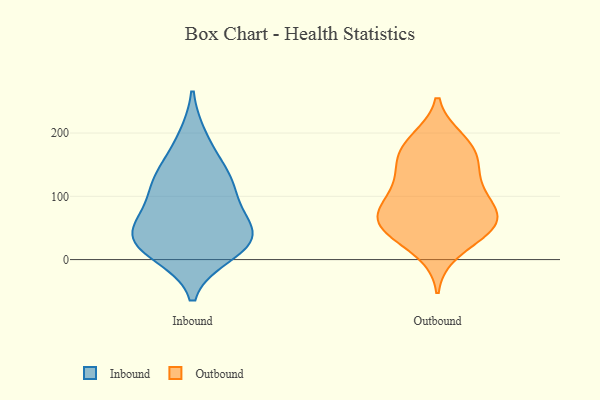
{"axis": {"x": "Waste Production (Tons)", "y": "Value"}, "legend": ["Inbound", "Outbound"], "data": [{"x": "", "y": 25, "type": "Inbound"}, {"x": "", "y": 36, "type": "Inbound"}, {"x": "", "y": 38, "type": "Inbound"}, {"x": "", "y": 88, "type": "Inbound"}, {"x": "", "y": 11, "type": "Inbound"}, {"x": "", "y": 112, "type": "Inbound"}, {"x": "", "y": 31, "type": "Inbound"}, {"x": "", "y": 132, "type": "Inbound"}, {"x": "", "y": 190, "type": "Inbound"}, {"x": "", "y": 133, "type": "Inbound"}, {"x": "", "y": 54, "type": "Inbound"}, {"x": "", "y": 53, "type": "Outbound"}, {"x": "", "y": 180, "type": "Outbound"}, {"x": "", "y": 147, "type": "Outbound"}, {"x": "", "y": 68, "type": "Outbound"}, {"x": "", "y": 55, "type": "Outbound"}, {"x": "", "y": 90, "type": "Outbound"}, {"x": "", "y": 65, "type": "Outbound"}, {"x": "", "y": 122, "type": "Outbound"}, {"x": "", "y": 175, "type": "Outbound"}, {"x": "", "y": 45, "type": "Outbound"}, {"x": "", "y": 50, "type": "Outbound"}, {"x": "", "y": 14, "type": "Outbound"}, {"x": "", "y": 155, "type": "Outbound"}, {"x": "", "y": 188, "type": "Outbound"}, {"x": "", "y": 85, "type": "Outbound"}, {"x": "", "y": 112, "type": "Outbound"}]}